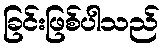
ခြင်းဖြစ်ပါသည်